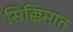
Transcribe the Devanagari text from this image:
सिक्किमात